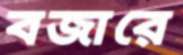
বজারে